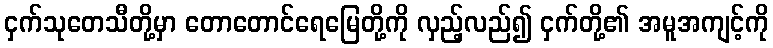
ငှက်သုတေသီတို့မှာ တောတောင်ရေမြေတို့ကို လှည့်လည်၍ ငှက်တို့၏ အမူအကျင့်ကို